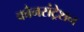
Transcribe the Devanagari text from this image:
कौनसंट्रेशन